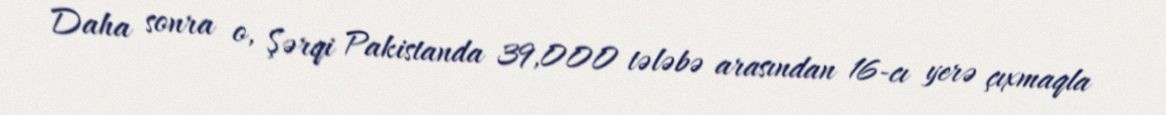
Daha sonra o, Şərqi Pakistanda 39,000 tələbə arasından 16-cı yerə çıxmaqla